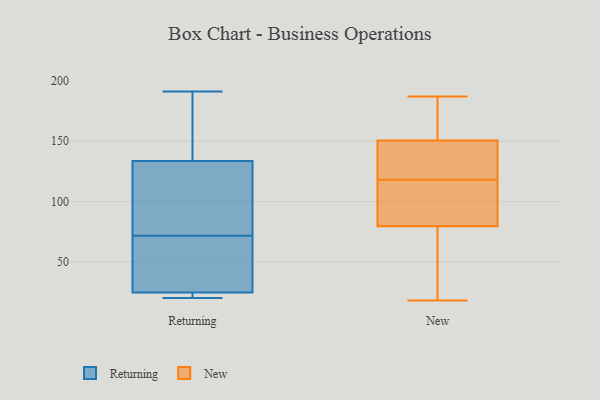
{"axis": {"x": "Shipments", "y": "Value"}, "legend": ["New", "Returning"], "data": [{"x": "", "y": 101, "type": "Returning"}, {"x": "", "y": 186, "type": "Returning"}, {"x": "", "y": 37, "type": "Returning"}, {"x": "", "y": 23, "type": "Returning"}, {"x": "", "y": 22, "type": "Returning"}, {"x": "", "y": 191, "type": "Returning"}, {"x": "", "y": 85, "type": "Returning"}, {"x": "", "y": 20, "type": "Returning"}, {"x": "", "y": 102, "type": "Returning"}, {"x": "", "y": 58, "type": "Returning"}, {"x": "", "y": 165, "type": "Returning"}, {"x": "", "y": 26, "type": "Returning"}, {"x": "", "y": 187, "type": "New"}, {"x": "", "y": 89, "type": "New"}, {"x": "", "y": 137, "type": "New"}, {"x": "", "y": 109, "type": "New"}, {"x": "", "y": 108, "type": "New"}, {"x": "", "y": 185, "type": "New"}, {"x": "", "y": 93, "type": "New"}, {"x": "", "y": 93, "type": "New"}, {"x": "", "y": 53, "type": "New"}, {"x": "", "y": 55, "type": "New"}, {"x": "", "y": 157, "type": "New"}, {"x": "", "y": 18, "type": "New"}, {"x": "", "y": 134, "type": "New"}, {"x": "", "y": 127, "type": "New"}, {"x": "", "y": 144, "type": "New"}, {"x": "", "y": 70, "type": "New"}, {"x": "", "y": 133, "type": "New"}, {"x": "", "y": 157, "type": "New"}, {"x": "", "y": 172, "type": "New"}, {"x": "", "y": 54, "type": "New"}]}